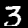
Label: 3